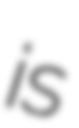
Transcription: is